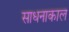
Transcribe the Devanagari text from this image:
साधनाकाल